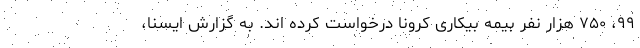
۹۹، ۷۵۰ هزار نفر بیمه بیکاری کرونا درخواست کرده اند. به گزارش ایسنا،